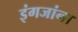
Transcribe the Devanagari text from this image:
इंगजांना